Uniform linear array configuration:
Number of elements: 8
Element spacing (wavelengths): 0.75
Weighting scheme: hann
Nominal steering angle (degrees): -30
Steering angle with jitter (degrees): -28.686
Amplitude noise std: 0.05
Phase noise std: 0.05

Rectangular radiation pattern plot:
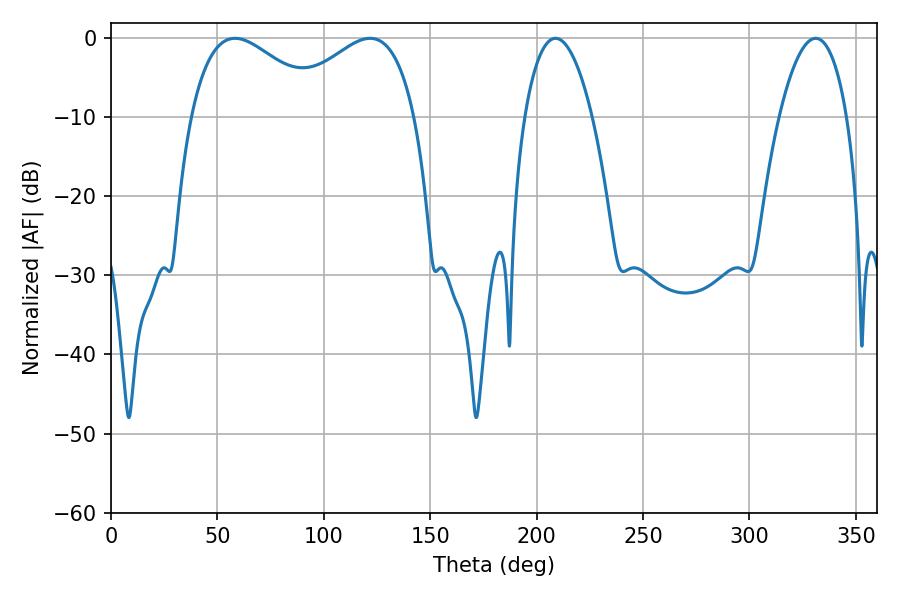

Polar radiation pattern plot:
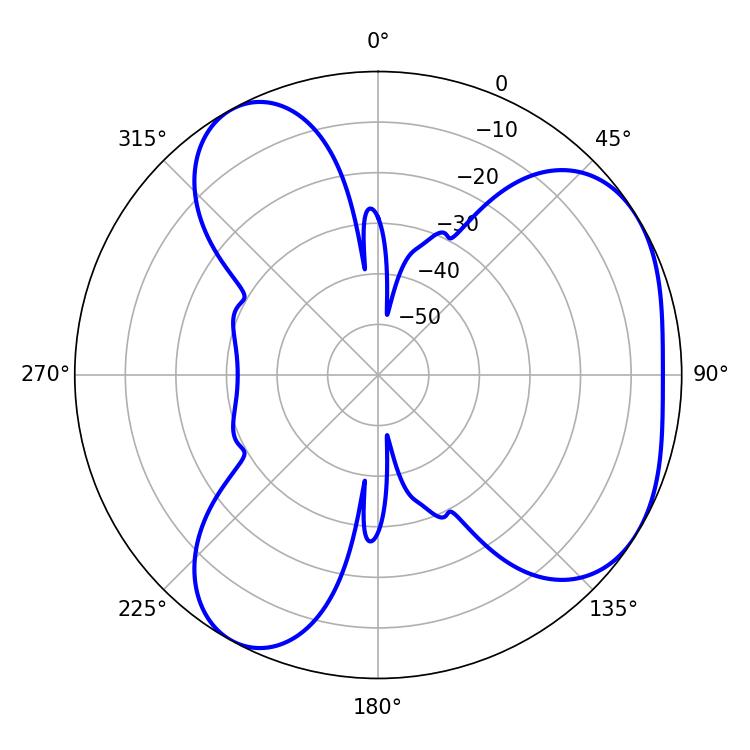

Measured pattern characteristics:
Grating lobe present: TRUE
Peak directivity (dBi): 4.465
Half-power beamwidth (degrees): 34.38
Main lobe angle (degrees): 58.32